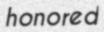
honored